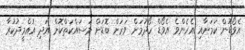
އެވޯޑުން ކަމަށާއި އެހެންވެ އެވޯޑް ހޯދުމަށް ވަރަށް ބޮޑަށް މަސައްކަތްކޮށް އަދި އުއްމީދުކުރާ